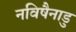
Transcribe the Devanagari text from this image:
नविषैनाडु